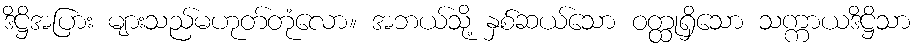
ဒိဋ္ဌိအပြား များသည်မဟုတ်တုံလော။ အဘယ်သို့ နှစ်ဆယ်သော ဝတ္ထုရှိသော သက္ကာယဒိဋ္ဌိသာ